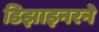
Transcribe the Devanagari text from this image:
डिझाइनरने